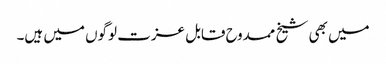
میں بھی شیخ ممدوح قابل عزت لوگوں میں ہیں۔